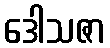
ဒေါသဇာ